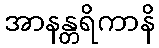
အာနန္တရိကာနိ